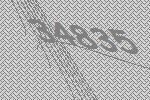
34835